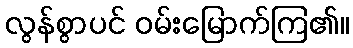
လွန်စွာပင် ဝမ်းမြောက်ကြ၏။